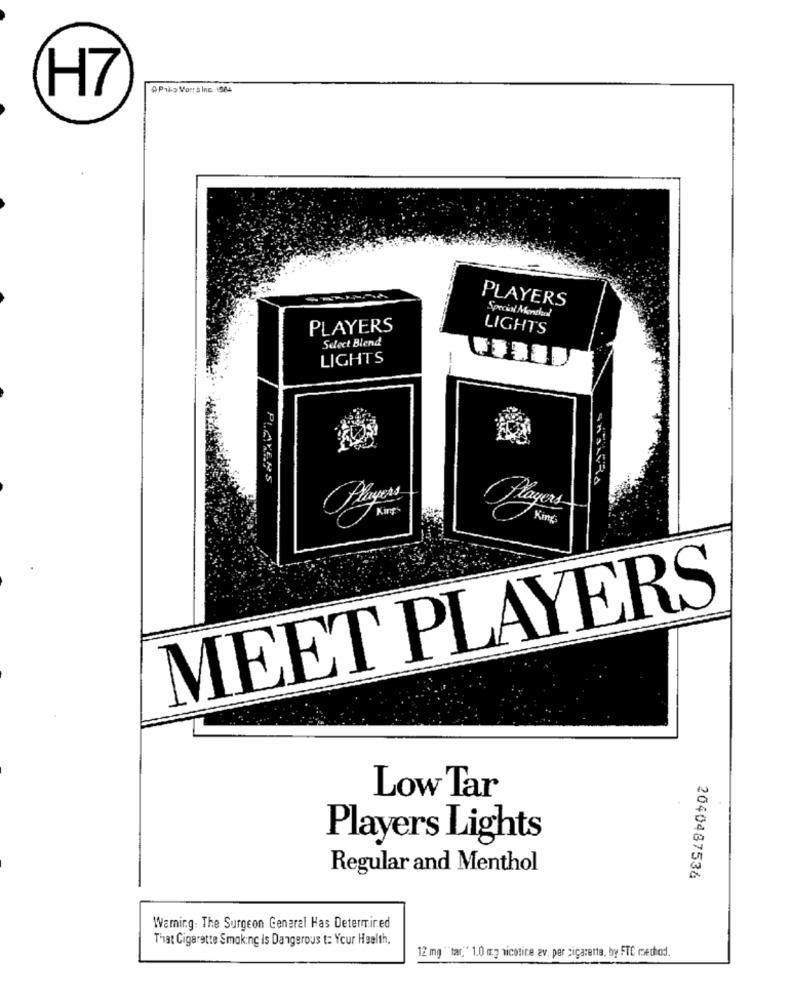
H7
APris Vorr's Ine. 1964
PLAYERS
Special Mondad
PLAYERS
LIGHTS
Select Blend
LIGHTS
PLAYERS
Players
King
MEET PLAYERS
Low Tar
Players Lights
Regular and Menthol
2040487536
Warning: The Surgeon General Has Determined
That Cigarette Smoking is Dangerous t: Your Health.
12 mg "tar." 1.0 mg nicotire av. per cigarette, by FTC method.